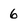
Character: 6